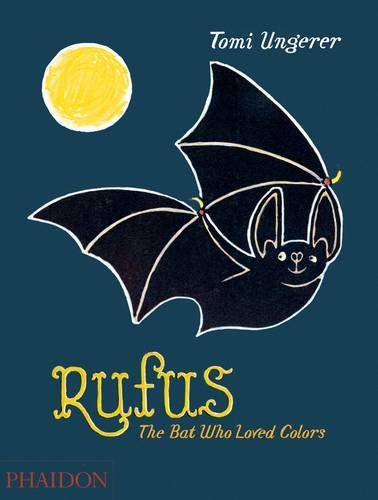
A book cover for Rufus: The Bat Who Loved Colors; Tomi Ungerer; Children's Books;